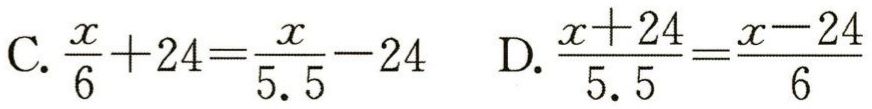
C. \(\frac{x}{6}+24=\frac{x}{5.5}-24\)  D. \(\frac{x + 24}{5.5}=\frac{x - 24}{6}\)